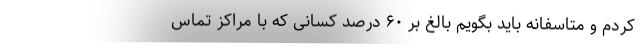
کردم و متاسفانه باید بگویم بالغ بر ۶۰ درصد کسانی که با مراکز تماس